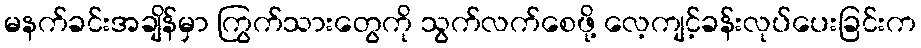
မနက်ခင်းအချိန်မှာ ကြွက်သားတွေကို သွက်လက်စေဖို့ လေ့ကျင့်ခန်းလုပ်ပေးခြင်းက